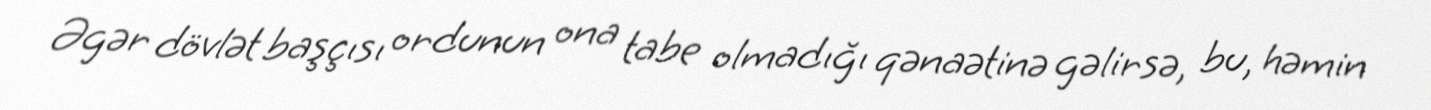
Əgər dövlət başçısı ordunun ona tabe olmadığı qənaətinə gəlirsə, bu, həmin